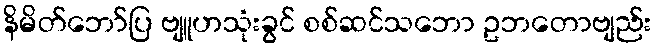
နိမိတ်ဘော်ပြ ဗျူဟသုံးခွင် စစ်ဆင်သဘော ဥဘတောဗျည်း